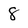
Character: 8